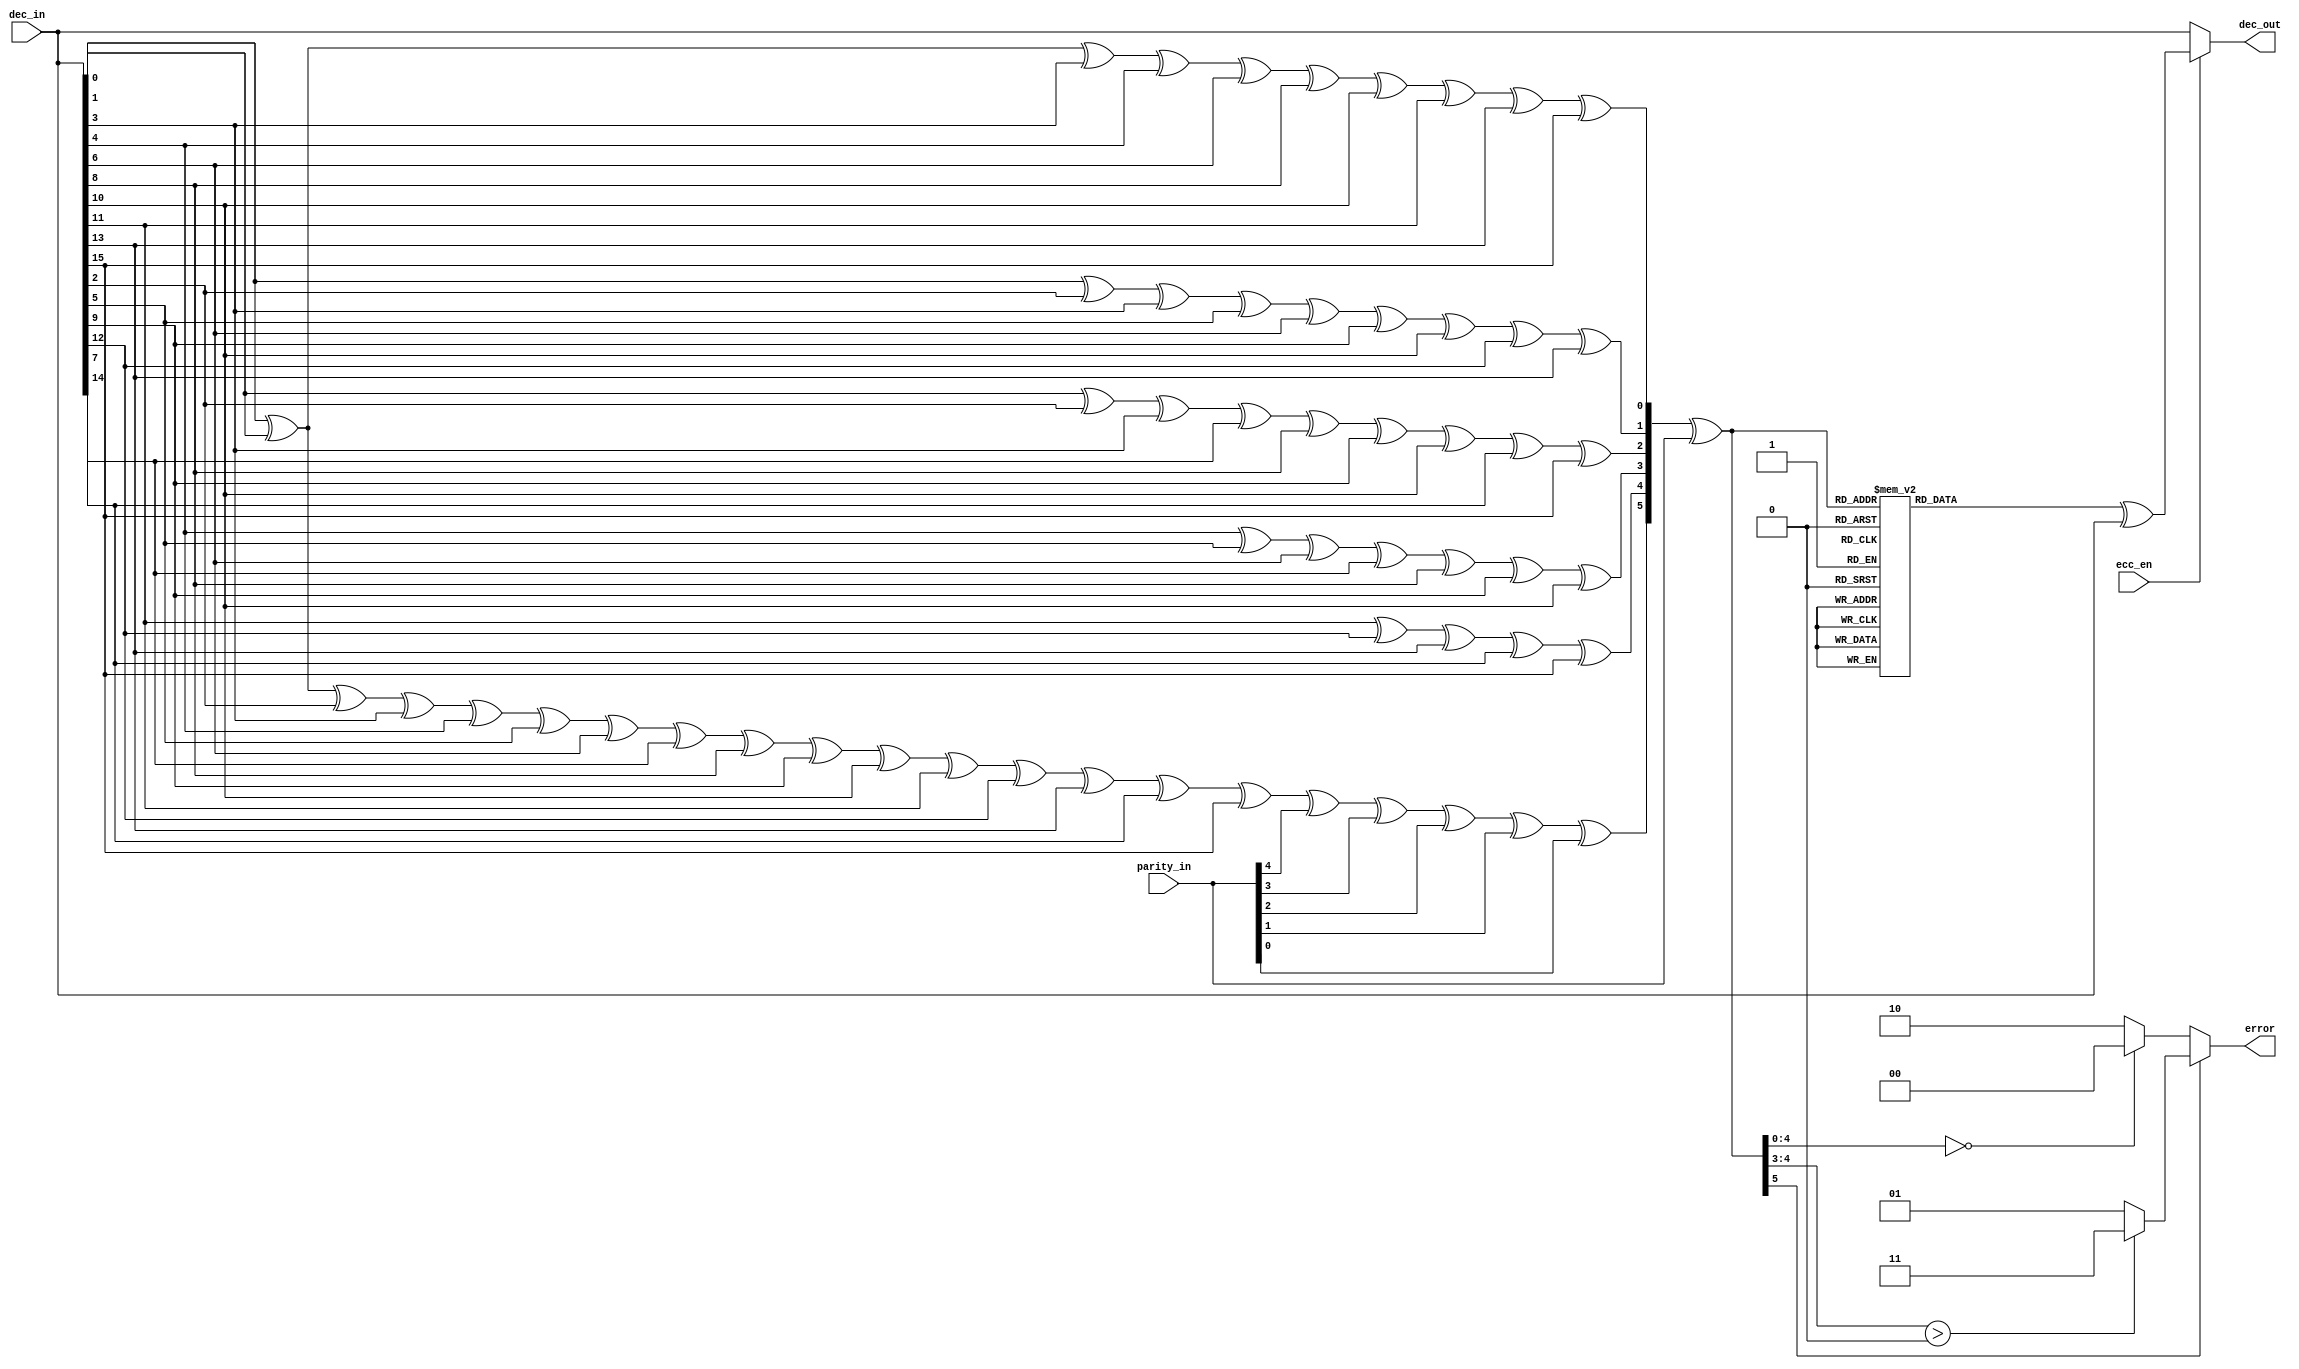
// This  Verilog HDL  source  file was  automatically generated
// by C++ model based on VPP library. Modification of this file
// is possible, but if you want to keep it in sync with the C++
// model,  please  modify  the model and re-generate this file.
// VPP library web-page: http://www.phys.ufl.edu/~madorsky/vpp/

// Timestamp : Tue Apr 19 16:45:38 2022

module ecc16_decoder
(
    dec_in,
    parity_in,
    ecc_en,
    dec_out,
    error
);

    input [15:0] dec_in;
    input [5:0] parity_in;
    input ecc_en;
    output [15:0] dec_out;
    output [1:0] error;

    wire [5:0] syndrome_chk;
    assign syndrome_chk[0] = ((((((((dec_in[0] ^ dec_in[1]) ^ dec_in[3]) ^ dec_in[4]) ^ dec_in[6]) ^ dec_in[8]) ^ dec_in[10]) ^ dec_in[11]) ^ dec_in[13]) ^ dec_in[15];
    assign syndrome_chk[1] = (((((((dec_in[0] ^ dec_in[2]) ^ dec_in[3]) ^ dec_in[5]) ^ dec_in[6]) ^ dec_in[9]) ^ dec_in[10]) ^ dec_in[12]) ^ dec_in[13];
    assign syndrome_chk[2] = (((((((dec_in[1] ^ dec_in[2]) ^ dec_in[3]) ^ dec_in[7]) ^ dec_in[8]) ^ dec_in[9]) ^ dec_in[10]) ^ dec_in[14]) ^ dec_in[15];
    assign syndrome_chk[3] = (((((dec_in[4] ^ dec_in[5]) ^ dec_in[6]) ^ dec_in[7]) ^ dec_in[8]) ^ dec_in[9]) ^ dec_in[10];
    assign syndrome_chk[4] = (((dec_in[11] ^ dec_in[12]) ^ dec_in[13]) ^ dec_in[14]) ^ dec_in[15];
    assign syndrome_chk[5] = (((((((((((((((((((dec_in[0] ^ dec_in[1]) ^ dec_in[2]) ^ dec_in[3]) ^ dec_in[4]) ^ dec_in[5]) ^ dec_in[6]) ^ dec_in[7]) ^ dec_in[8]) ^ dec_in[9]) ^ dec_in[10]) ^ dec_in[11]) ^ dec_in[12]) ^ dec_in[13]) ^ dec_in[14]) ^ dec_in[15]) ^ parity_in[4]) ^ parity_in[3]) ^ parity_in[2]) ^ parity_in[1]) ^ parity_in[0];
    reg [15:0] mask;
    wire [5:0] syndrome;
    reg [1:0] error;
    assign syndrome = syndrome_chk ^ parity_in;
    always @(syndrome) 
    begin
        case (syndrome)
            6'd35 : mask = 16'd1;
            6'd37 : mask = 16'd2;
            6'd38 : mask = 16'd4;
            6'd39 : mask = 16'd8;
            6'd41 : mask = 16'd16;
            6'd42 : mask = 16'd32;
            6'd43 : mask = 16'd64;
            6'd44 : mask = 16'd128;
            6'd45 : mask = 16'd256;
            6'd46 : mask = 16'd512;
            6'd47 : mask = 16'd1024;
            6'd49 : mask = 16'd2048;
            6'd50 : mask = 16'd4096;
            6'd51 : mask = 16'd8192;
            6'd52 : mask = 16'd16384;
            6'd53 : mask = 16'd32768;
            default : mask = 16'd0;
        endcase
        if (!syndrome[5]) 
        begin
            if (syndrome[4:0] == 5'd0) error = 2'd0;
            else error = 2'd2;
        end
        else 
        begin
            if (syndrome[4:3] > 0) error = 2'd3;
            else error = 2'd1;
        end
    end
    assign dec_out = (ecc_en) ? mask ^ dec_in : dec_in;
endmodule